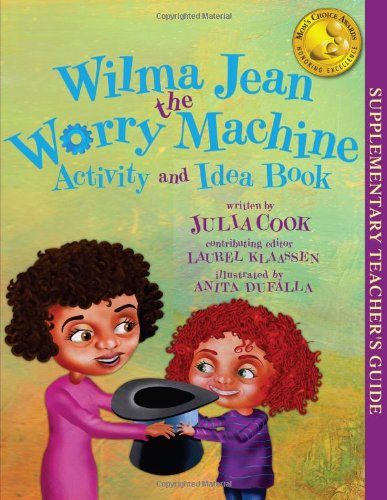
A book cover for Wilma Jean the Worry Machine Activity and Idea Book; Julia Cook; Education & Teaching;